Report on vaccination in the Province of Bengal - 1869-1873
Year: 1869
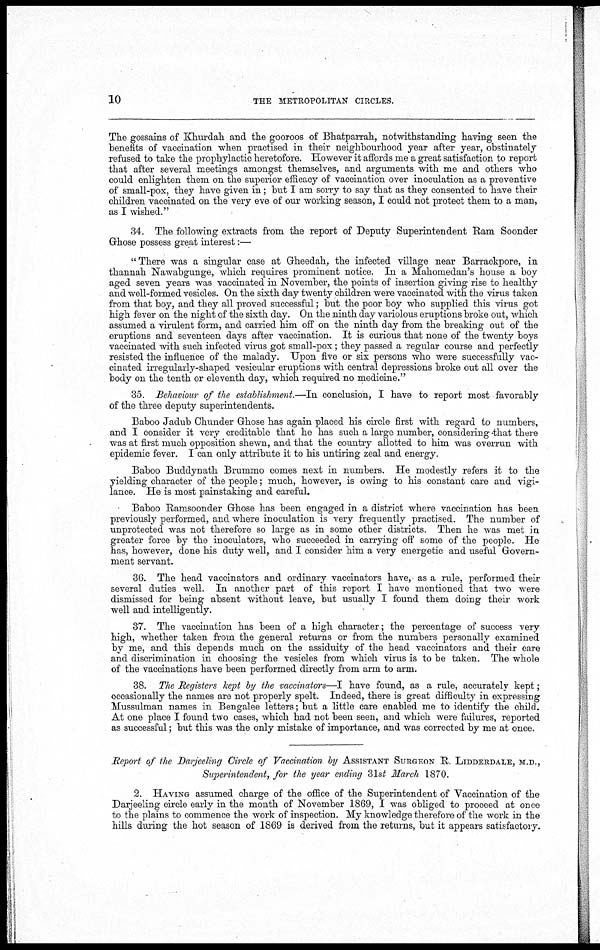
10
THE METROPOLITAN CIRCLES.
The gossains of Khurdah and the gooroos of Bhatparrah, notwithstanding having seen the
benefits of vaccination when practised in their neighbourhood year after year, obstinately
refused to take the prophylactic heretofore. However it affords me a great satisfaction to report
that after several meetings amongst themselves, and arguments with me and others who
could enlighten them on the superior efficacy of vaccination over inoculation as a preventive
of small-pox, they have given in; but I am sorry to say that as they consented to have their
children vaccinated on the very eve of our working season, I could not protect them to a man,
as I wished."
34. The following extracts from the report of Deputy Superintendent Ram Soonder
Ghose possess great interest:—
"There was a singular case at Gheedah, the infected village near Barrackpore, in
thannah Nawabgunge, which requires prominent notice. In a Mahomedan's house a boy
aged seven years was vaccinated in November, the points of insertion giving rise to healthy
and well-formed vesicles. On the sixth day twenty children were vaccinated with the virus taken
from that boy, and they all proved successful; but the poor boy who supplied this virus got
high fever on the night of the sixth day. On the ninth day variolous eruptions broke out, which
assumed a virulent form, and carried him off on the ninth day from the breaking out of the
eruptions and seventeen days after vaccination. It is curious that none of the twenty boys
vaccinated with such infected virus got small-pox; they passed a regular course and perfectly
resisted the influence of the malady. Upon five or six persons who were successfully vac-
cinated irregularly-shaped vesicular eruptions with central depressions broke out all over the
body on the tenth or eleventh day, which required no medicine."
35. Behaviour of the establishment.—In conclusion, I have to report most favorably
of the three deputy superintendents.
Baboo Jadub Chunder Ghose has again placed his circle first with regard to numbers,
and I consider it very creditable that he has such a large number, considering that there
was at first much opposition shewn, and that the country allotted to him was overrun with
epidemic fever. I can only attribute it to his untiring zeal and energy.
Baboo Buddynath Brummo comes next in numbers. He modestly refers it to the
yielding character of the people; much, however, is owing to his constant care and vigi-
lance. He is most painstaking and careful.
Baboo Ramsoonder Ghose has been engaged in a district where vaccination has been
previously performed, and where inoculation is very frequently practised. The number of
unprotected was not therefore so large as in some other districts. Then he was met in
greater force by the inoculators, who succeeded in carrying off some of the people. He
has, however, done his duty well, and I consider him a very energetic and useful Govern-
ment servant.
36. The head vaccinators and ordinary vaccinators have, as a rule, performed their
several duties well. In another part of this report I have mentioned that two were
dismissed for being absent without leave, but usually I found them doing their work
well and intelligently.
37. The vaccination has been of a high character; the percentage of success very
high, whether taken from the general returns or from the numbers personally examined
by me, and this depends much on the assiduity of the head vaccinators and their care
and discrimination in choosing the vesicles from which virus is to be taken. The whole
of the vaccinations have been performed directly from arm to arm.
38. The Registers kept by the vaccinators—I have found, as a rule, accurately kept;
occasionally the names are not properly spelt. Indeed, there is great difficulty in expressing
Mussulman names in Bengalee letters; but a little care enabled me to identify the child.
At one place I found two cases, which had not been seen, and which were failures, reported
as successful; but this was the only mistake of importance, and was corrected by me at once.
Report of the Darjeeling Circle of Vaccination by ASSISTANT SURGEON R. LIDDERDALE, M.D.,
Superintendent, for the year ending 31st March 1870.
2. HAVING assumed charge of the office of the Superintendent of Vaccination of the
Darjeeling circle early in the month of November 1869, I was obliged to proceed at once
to the plains to commence the work of inspection. My knowledge therefore of the work in the
hills during the hot season of 1869 is derived from the returns, but it appears satisfactory.